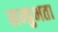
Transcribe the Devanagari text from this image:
सम्प्रुभता